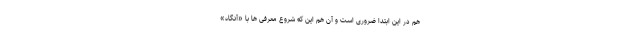
هم در این ابتدا ضروری است و آن هم این که شروع معرفی ها با «آنگاه»